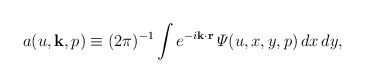
\begin{align*}a(u,{\bf k},p)\equiv(2\pi)^{-1}\int e^{-i{\bf k\cdot r}}\,{\mit\Psi}(u,x,y,p)\,dx\,dy,\end{align*}